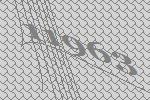
11963